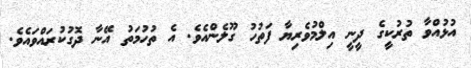
އުޅުއްވާ ތުރުކީގެ ދީނީ އިލްމުވެރިޔާ ފަތުހު ގޫލެންއެވެ. އެ ތުހުމަތު އޭނާ ދޮގުކުރައްވައެވެ.